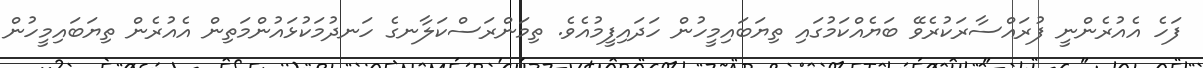
ފަހެ އެއުރެންނީ ފުރައްސާރަކުރެވޭ ބަޔެއްކަމުގައި ތިޔަބައިމީހުން ހަދައިފީމުއެވެ. ތިމަންރަސްކަލާނގެ ހަނދުމަކުޅައުންމަތިން އެއުރެން ތިޔަބައިމީހުން